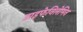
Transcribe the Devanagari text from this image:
डाइफेनिलेमिन